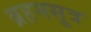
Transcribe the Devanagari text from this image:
ब्रहमसूत्र